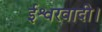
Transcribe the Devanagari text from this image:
ईश्वरवादी।